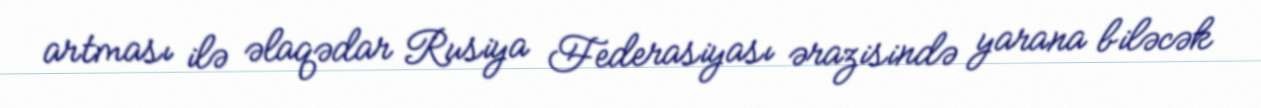
artması ilə əlaqədar Rusiya Federasiyası ərazisində yarana biləcək